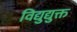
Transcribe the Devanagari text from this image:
विद्युद्युक्त